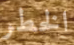
الخطر